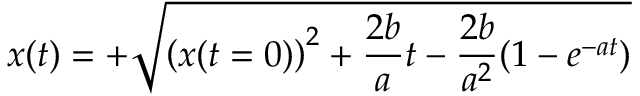
x ( t ) = + \sqrt { \left( x ( t = 0 ) \right) ^ { 2 } + \frac { 2 b } { a } t - \frac { 2 b } { a ^ { 2 } } ( 1 - e ^ { - a t } ) }